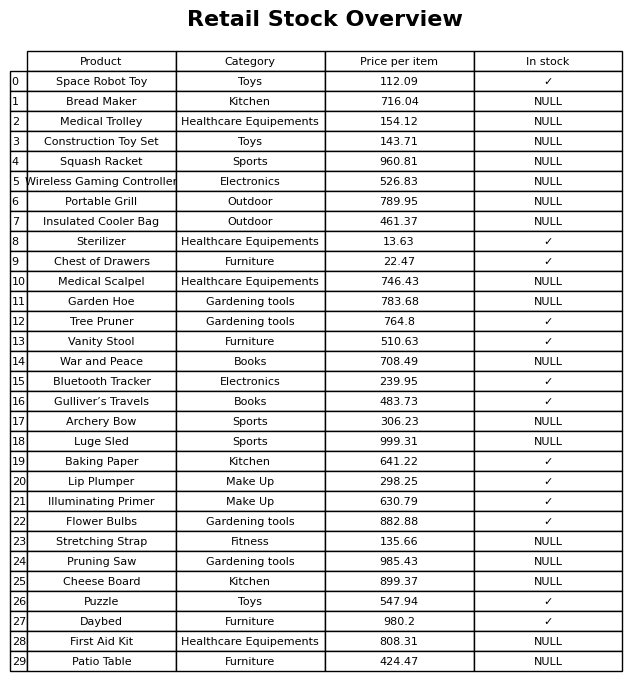
question: What is the price of the Squash Racket?
answer: The price of Squash Racket is 960.81.